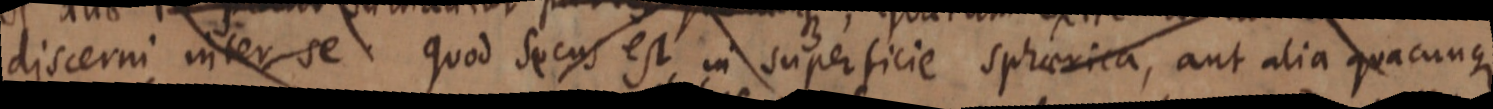
discerni inter se quod socus est in superficie sphaerica, aut alia quacunque